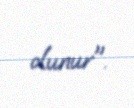
olunur".